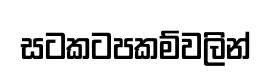
සටකටපකම්වලින්